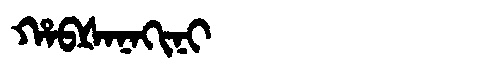
Manchu: ᡥᠠᠪᡧᠠᠨᠠᡴᡳᠨᡳ
Romanization: HABŠANAKINI